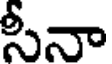
సీనా